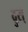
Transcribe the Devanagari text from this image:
दुस्